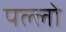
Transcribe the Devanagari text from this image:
पल्लो